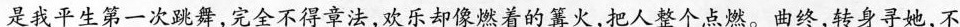
是我平生第一次跳舞,完全不得章法,欢乐却像燃着的篝火,把人整个点燃。曲终,转身寻她，不